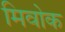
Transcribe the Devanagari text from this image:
मिवोक